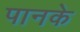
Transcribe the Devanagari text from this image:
पानके